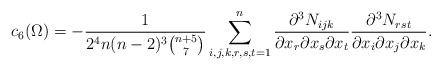
\begin{align*} c_6(\Omega)=-\frac{1}{2^4n(n-2)^3 {n+5 \choose 7}} \sum_{i,j,k,r,s,t=1}^n \frac{\partial^3 N_{ijk}}{\partial x_r \partial x_s \partial x_t} \frac{\partial^3 N_{rst}}{\partial x_i \partial x_j \partial x_k}. \end{align*}